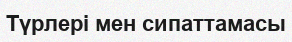
Түрлері мен сипаттамасы